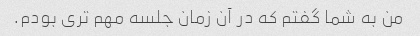
من به شما گفتم که در آن زمان جلسه مهم تری بودم.